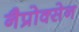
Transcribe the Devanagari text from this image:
नैप्रोक्सेन